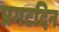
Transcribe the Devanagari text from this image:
प्रगटदिन